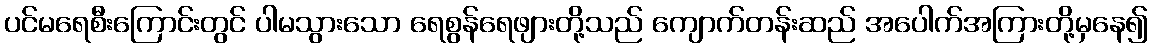
ပင်မရေစီးကြောင်းတွင် ပါမသွားသော ရေစွန်ရေဖျားတို့သည် ကျောက်တန်းဆည် အပေါက်အကြားတို့မှနေ၍